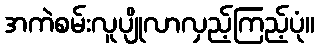
အကဲစမ်းလူပျိုလာလှည့်ကြည့်ပုံ။